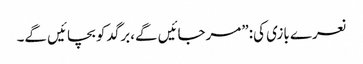
نعرے بازی کی:”مرجائیں گے،برگد کو بچائیں گے۔